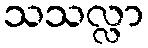
သသလ္လာ